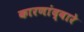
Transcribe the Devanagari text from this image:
कारणांद्वारे